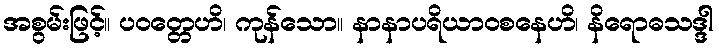
အစွမ်းဖြင့်။ ပဝတ္တေဟိ၊ ကုန်သော။ နာနာပရိယာဝစနေဟိ၊ နိရောဓသဒ္ဒါ